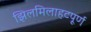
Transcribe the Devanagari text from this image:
झिलमिलाहटपूर्ण